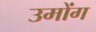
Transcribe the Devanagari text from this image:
उमोंग